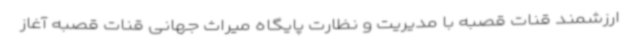
ارزشمند قنات قصبه با مدیریت و نظارت پایگاه میراث جهانی قنات قصبه آغاز